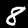
Digit: 8